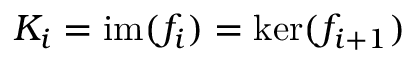
K _ { i } = \operatorname { i m } ( f _ { i } ) = \ker ( f _ { i + 1 } )